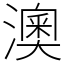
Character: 澳